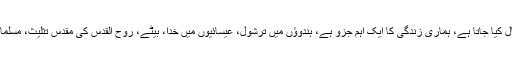
تین کا عدد باوجود اس کے کہ منحوس خیال کیا جاتا ہے، ہماری زندگی کا ایک اہم جزو ہے، ہندوؤں میں ترشول، عیسائیوں میں خدا، بیٹے، روح القدس کی مقدس تثلیث، مسلمانوں میں خدا، اس کا رسول ؐ اور قرآن پاک۔